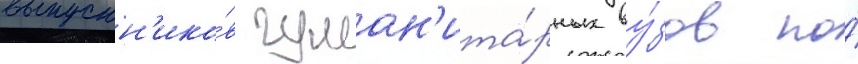
выпускн'ико́в гуман'ита́рных ву́зов по́